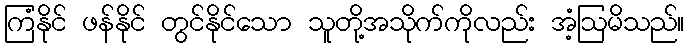
ကြံနိုင် ဖန်နိုင် တွင်နိုင်သော သူတို့အသိုက်ကိုလည်း အံ့ဩမိသည်။